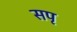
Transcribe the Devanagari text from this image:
सपृ